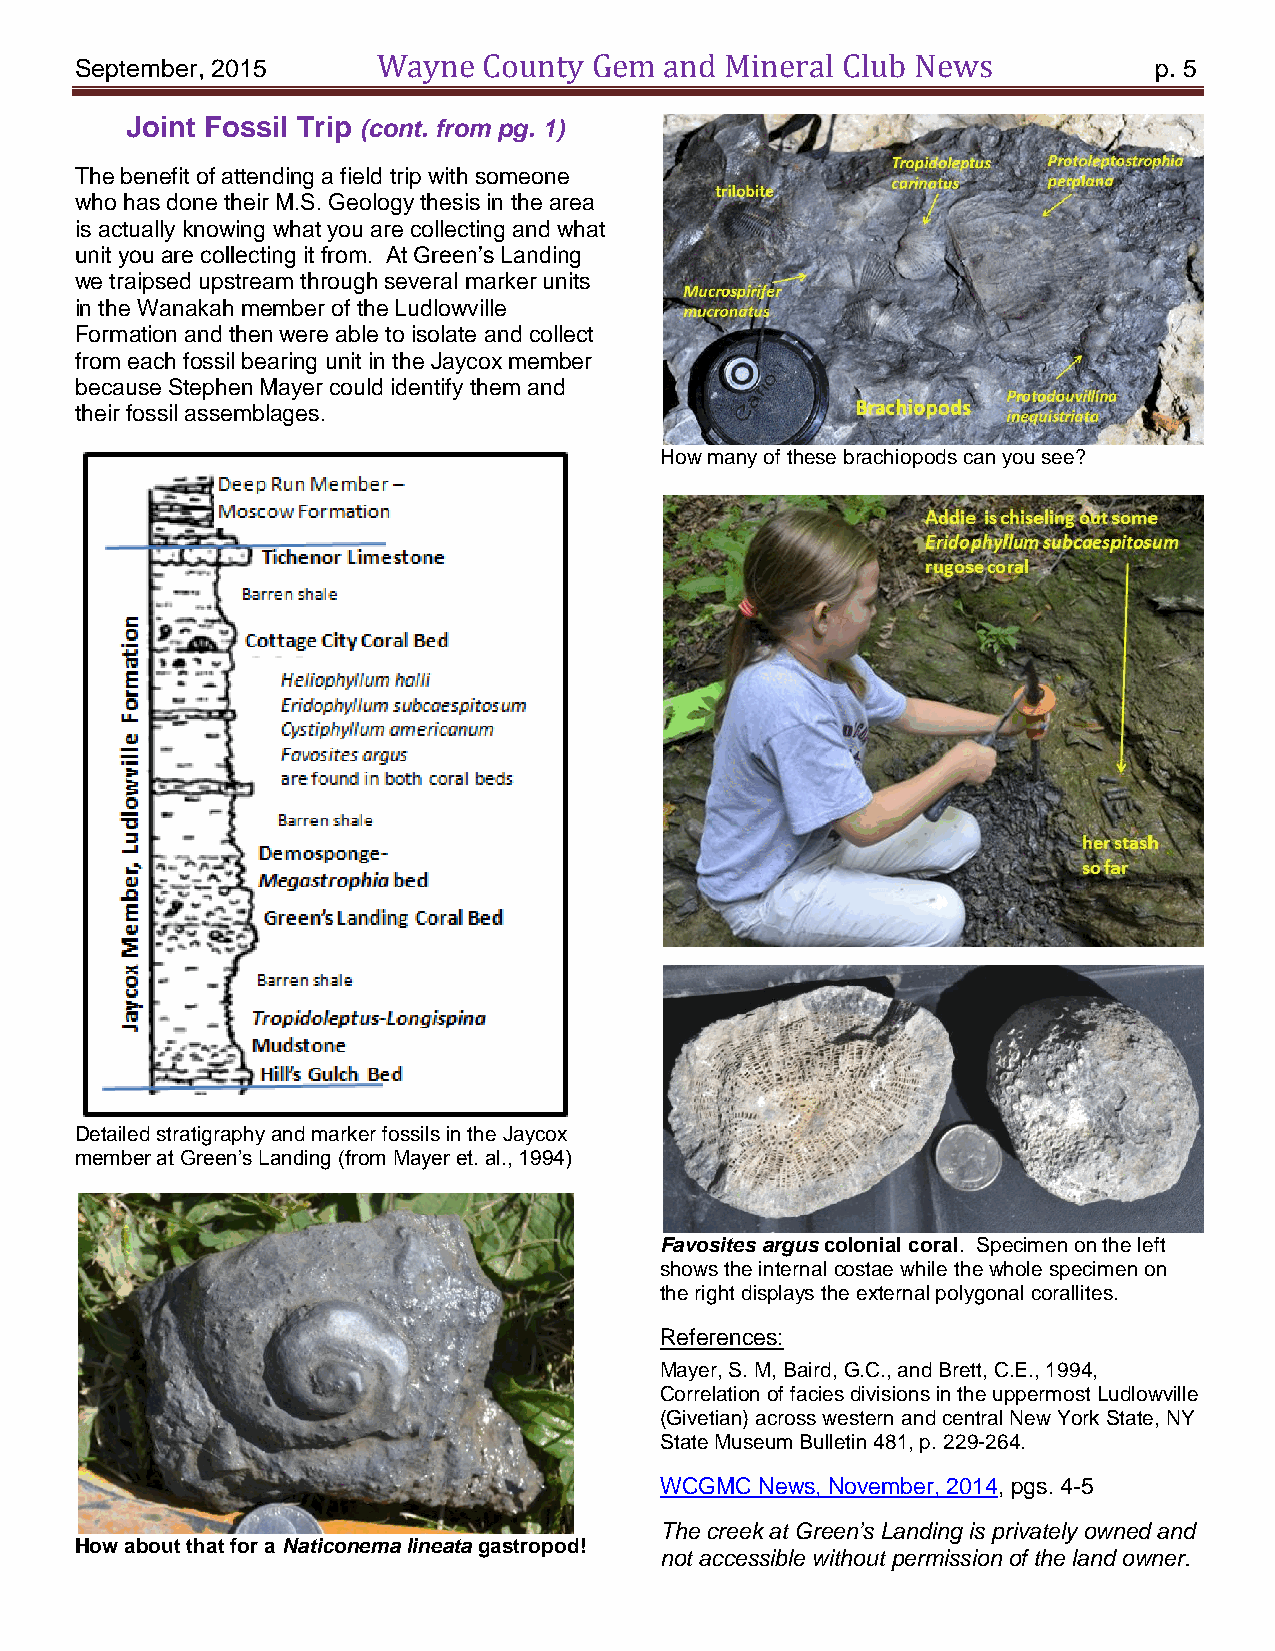
September, 2015     Wayne  County Gem  and Mineral Club News           p. 5
 Joint Fossil Trip (cont. from pg. 1)
 The benefit of attending a field trip with someone
 who has done their M.S. Geology thesis in the area
 is actually knowing what you are collecting and what
 unit you are collecting it from. At Green’s Landing
 we traipsed upstream through several marker units
 in the Wanakah member of the Ludlowville
 Formation and then were able to isolate and collect
 from each fossil bearing unit in the Jaycox member
 because Stephen Mayer could identify them and
 their fossil assemblages.
 How many of these brachiopods can you see?
 Detailed stratigraphy and marker fossils in the Jaycox
 member at Green’s Landing (from Mayer et. al., 1994)
 Favosites argus colonial coral. Specimen on the left
 shows the internal costae while the whole specimen on
 the right displays the external polygonal corallites.
 References:
 Mayer, S. M, Baird, G.C., and Brett, C.E., 1994,
 Correlation of facies divisions in the uppermost Ludlowville
 (Givetian) across western and central New York State, NY
 State Museum Bulletin 481, p. 229-264.
 WCGMC News, November, 2014, pgs. 4-5
 The creek at Green’s Landing is privately owned and
 How about that for a Naticonema lineata gastropod!
 not accessible without permission of the land owner.